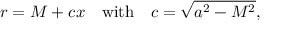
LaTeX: r = M + c x \quad \mathrm { w i t h } \quad c = \sqrt { a ^ { 2 } - M ^ { 2 } } ,